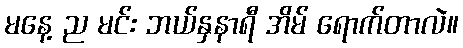
မနေ့ ည မင်း ဘယ်နှနာရီ အိမ် ရောက်တာလဲ။